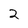
Character: 2